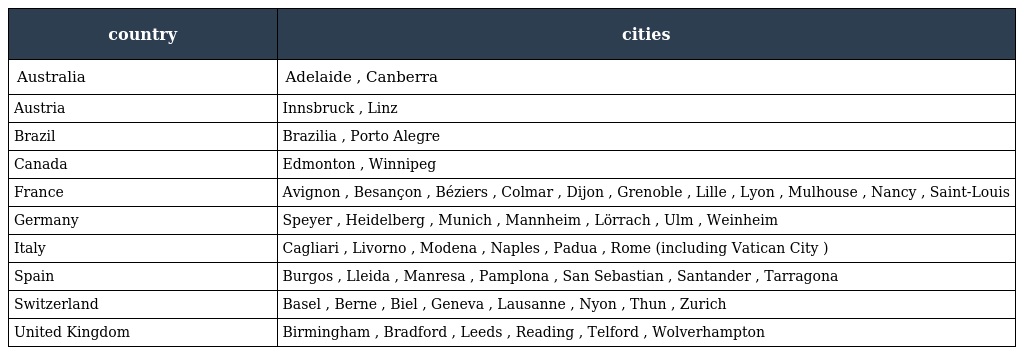
| country | cities |
 | --- | --- |
 | Australia | Adelaide , Canberra |
 | Austria | Innsbruck , Linz |
 | Brazil | Brazilia , Porto Alegre |
 | Canada | Edmonton , Winnipeg |
 | France | Avignon , Besançon , Béziers , Colmar , Dijon , Grenoble , Lille , Lyon , Mulhouse , Nancy , Saint-Louis |
 | Germany | Speyer , Heidelberg , Munich , Mannheim , Lörrach , Ulm , Weinheim |
 | Italy | Cagliari , Livorno , Modena , Naples , Padua , Rome (including Vatican City ) |
 | Spain | Burgos , Lleida , Manresa , Pamplona , San Sebastian , Santander , Tarragona |
 | Switzerland | Basel , Berne , Biel , Geneva , Lausanne , Nyon , Thun , Zurich |
 | United Kingdom | Birmingham , Bradford , Leeds , Reading , Telford , Wolverhampton |